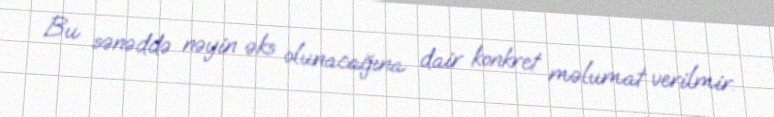
Bu sənəddə nəyin əks olunacağına dair konkret məlumat verilmir.